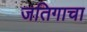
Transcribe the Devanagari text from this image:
जतिगाचा